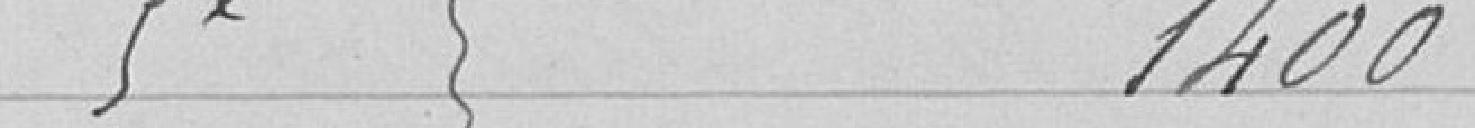
5ème  1 400